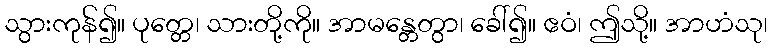
သွားကုန်၍။ ပုတ္တေ၊ သားတို့ကို။ အာမန္တေတွာ၊ ခေါ်၍။ ဧဝံ၊ ဤသို့။ အာဟံသု၊